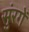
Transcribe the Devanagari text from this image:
सुंरगें